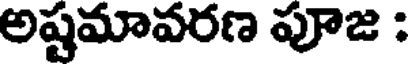
అష్టమావరణ పూజ :